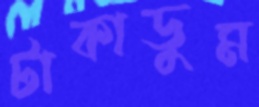
টাকাডুম